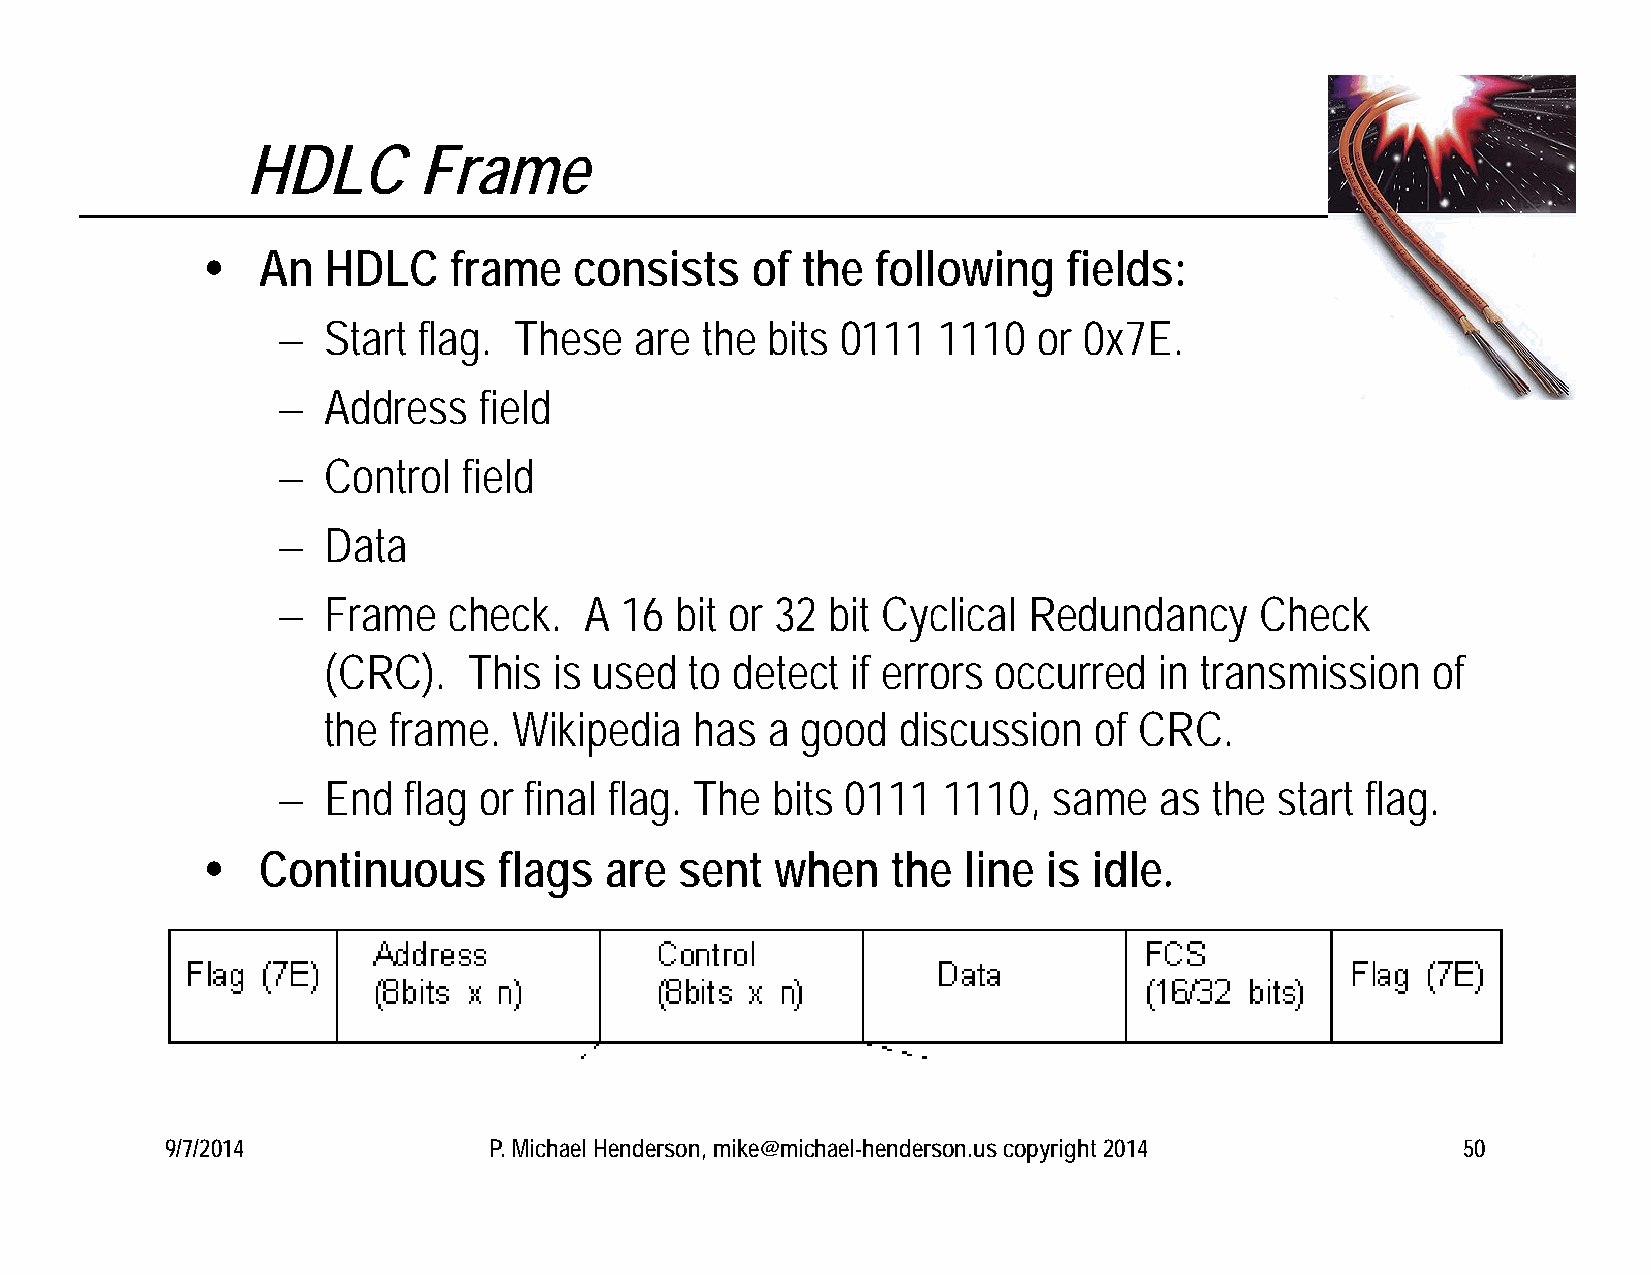
HDLC        Frame
    An   HDLC    frame   consists    of the  following    fields:
   Start  flag. These   are the  bits 0111  1110   or 0x7E.
   Address    field
   Control   field
   Data
   Frame    check.   A 16  bit or 32 bit Cyclical Redundancy     Check
 (CRC).    This  is used  to detect if errors occurred   in transmission   of
 the  frame.  Wikipedia   has  a good   discussion  of CRC.
   End   flag or final flag. The bits 0111  1110,   same   as the  start flag.
    Continuous      flags  are  sent  when    the  line is idle.
 9/7/2014             P. Michael Henderson, mike@michael-henderson.us copyright 2014   50